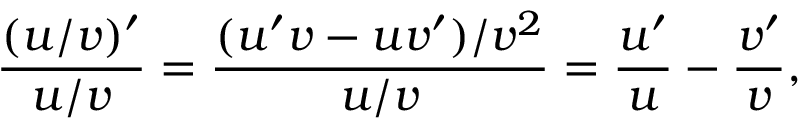
{ \frac { ( u / v ) ^ { \prime } } { u / v } } = { \frac { ( u ^ { \prime } v - u v ^ { \prime } ) / v ^ { 2 } } { u / v } } = { \frac { u ^ { \prime } } { u } } - { \frac { v ^ { \prime } } { v } } ,